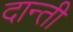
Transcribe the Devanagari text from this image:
दान्ती